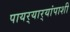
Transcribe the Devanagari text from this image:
पायर्‍यार्‍यांपाशी